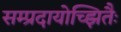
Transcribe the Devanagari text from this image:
सम्प्रदायोच्झितैः